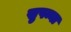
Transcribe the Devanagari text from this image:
सुषम्ना